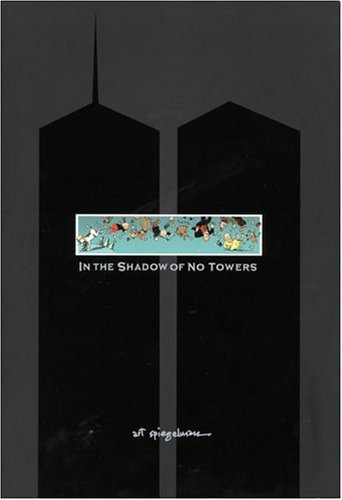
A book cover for In the Shadow of No Towers; Art Spiegelman; Comics & Graphic Novels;